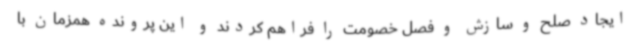
ایجاد صلح و سازش و فصل خصومت را فراهم کردند و این پرونده همزمان با